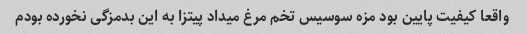
واقعا کیفیت پایین بود مزه سوسیس تخم مرغ میداد پیتزا به این بدمزگی نخورده بودم